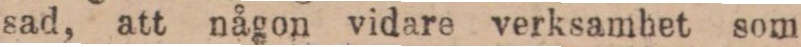
sad, att någon vidare verksamhet som